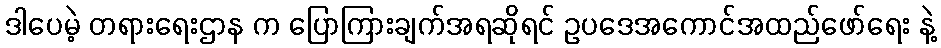
ဒါပေမဲ့ တရားရေးဌာန က ပြောကြားချက်အရဆိုရင် ဥပဒေအကောင်အထည်ဖော်ရေး နဲ့